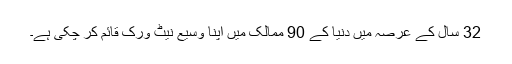
32 سال کے عرصہ میں دنیا کے 90 ممالک میں اپنا وسیع نیٹ ورک قائم کر چکی ہے۔